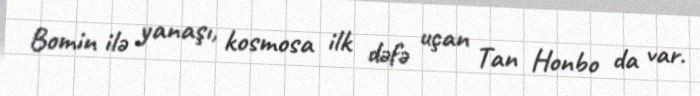
Bomin ilə yanaşı, kosmosa ilk dəfə uçan Tan Honbo da var.